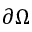
\partial \Omega